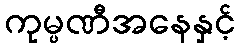
ကုမ္ပဏီအနေနှင့်